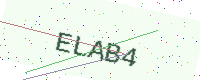
Text: ELAB4